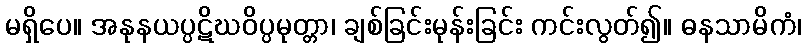
မရှိပေ။ အနုနယပ္ပဋိဃဝိပ္ပမုတ္တာ၊ ချစ်ခြင်းမုန်းခြင်း ကင်းလွတ်၍။ ဓနသာမိကံ၊